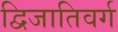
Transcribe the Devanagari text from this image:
द्विजातिवर्ग